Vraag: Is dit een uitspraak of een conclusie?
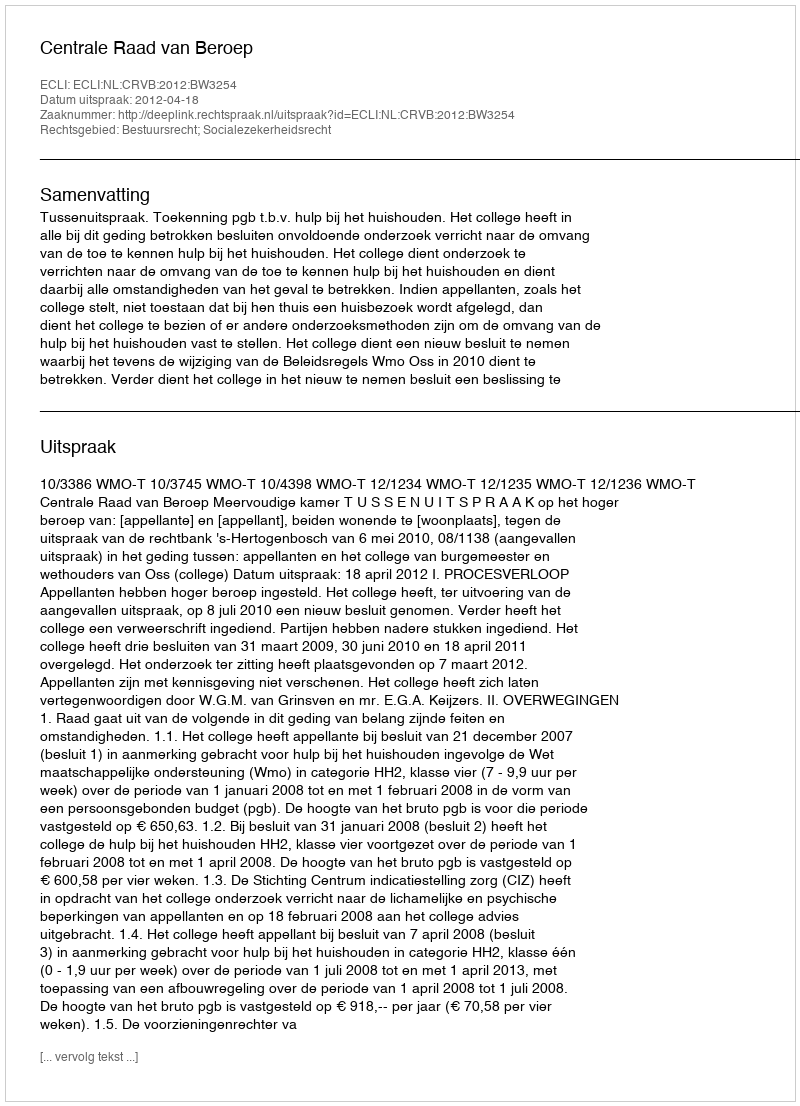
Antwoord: Uitspraak